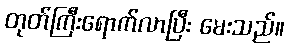
တုတ်ကြီးရောက်လာပြီး မေးသည်။